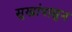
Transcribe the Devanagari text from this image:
सुखांपासुन